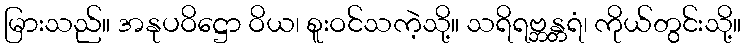
မြားသည်။ အနုပဝိဋ္ဌော ဝိယ၊ စူးဝင်သကဲ့သို့။ သရိရဗ္ဘန္တရံ၊ ကိုယ်တွင်းသို့။